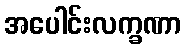
အပေါင်းလက္ခဏာ